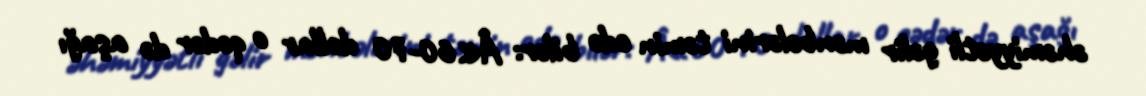
əhəmiyyətli gəlir mənbələrini təmin edə bilər: Â«60-70 dollar o qədər də aşağı